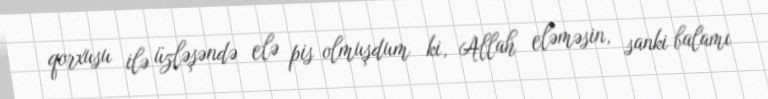
qorxusu ilə üzləşəndə elə pis olmuşdum ki, Allah eləməsin, sanki balamı